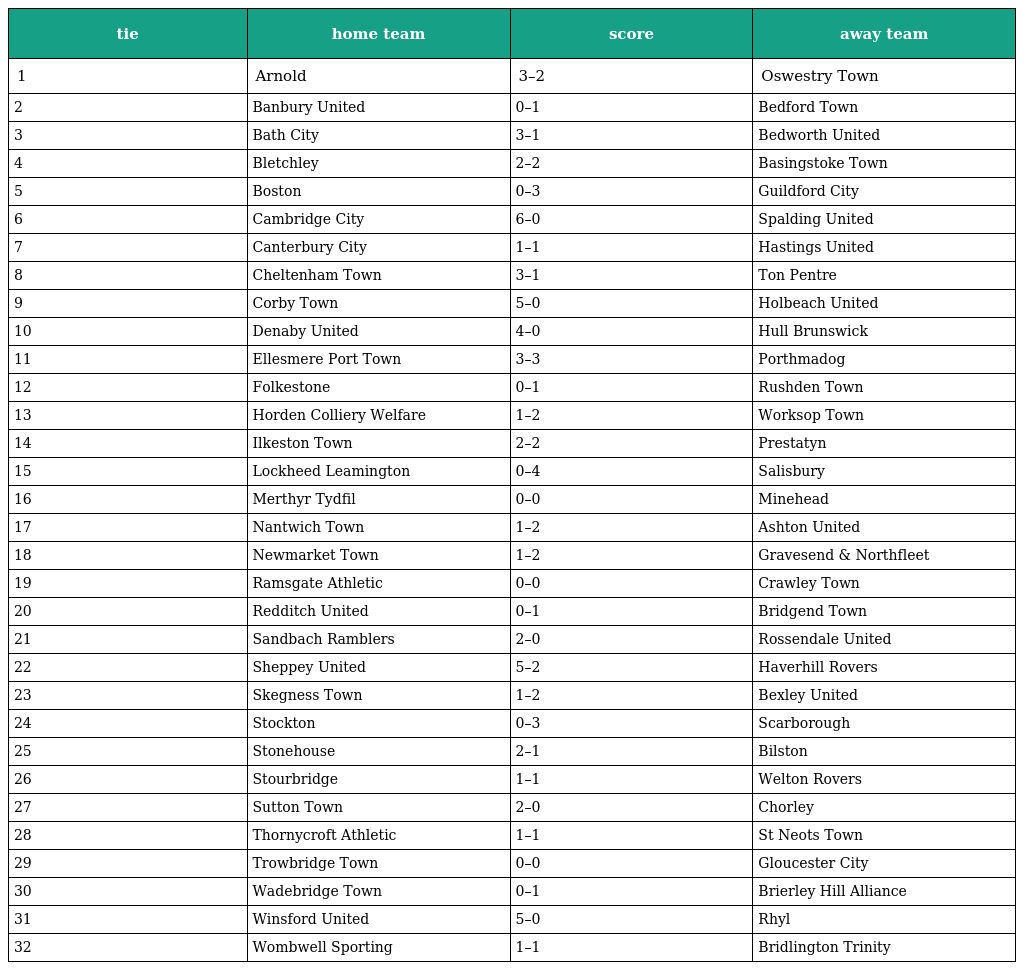
| tie | home team | score | away team |
 | --- | --- | --- | --- |
 | 1 | Arnold | 3–2 | Oswestry Town |
 | 2 | Banbury United | 0–1 | Bedford Town |
 | 3 | Bath City | 3–1 | Bedworth United |
 | 4 | Bletchley | 2–2 | Basingstoke Town |
 | 5 | Boston | 0–3 | Guildford City |
 | 6 | Cambridge City | 6–0 | Spalding United |
 | 7 | Canterbury City | 1–1 | Hastings United |
 | 8 | Cheltenham Town | 3–1 | Ton Pentre |
 | 9 | Corby Town | 5–0 | Holbeach United |
 | 10 | Denaby United | 4–0 | Hull Brunswick |
 | 11 | Ellesmere Port Town | 3–3 | Porthmadog |
 | 12 | Folkestone | 0–1 | Rushden Town |
 | 13 | Horden Colliery Welfare | 1–2 | Worksop Town |
 | 14 | Ilkeston Town | 2–2 | Prestatyn |
 | 15 | Lockheed Leamington | 0–4 | Salisbury |
 | 16 | Merthyr Tydfil | 0–0 | Minehead |
 | 17 | Nantwich Town | 1–2 | Ashton United |
 | 18 | Newmarket Town | 1–2 | Gravesend & Northfleet |
 | 19 | Ramsgate Athletic | 0–0 | Crawley Town |
 | 20 | Redditch United | 0–1 | Bridgend Town |
 | 21 | Sandbach Ramblers | 2–0 | Rossendale United |
 | 22 | Sheppey United | 5–2 | Haverhill Rovers |
 | 23 | Skegness Town | 1–2 | Bexley United |
 | 24 | Stockton | 0–3 | Scarborough |
 | 25 | Stonehouse | 2–1 | Bilston |
 | 26 | Stourbridge | 1–1 | Welton Rovers |
 | 27 | Sutton Town | 2–0 | Chorley |
 | 28 | Thornycroft Athletic | 1–1 | St Neots Town |
 | 29 | Trowbridge Town | 0–0 | Gloucester City |
 | 30 | Wadebridge Town | 0–1 | Brierley Hill Alliance |
 | 31 | Winsford United | 5–0 | Rhyl |
 | 32 | Wombwell Sporting | 1–1 | Bridlington Trinity |